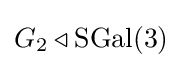
G_{2}\triangleleft \mathrm {SGal} (3)